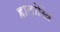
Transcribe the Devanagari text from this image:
हालांखि